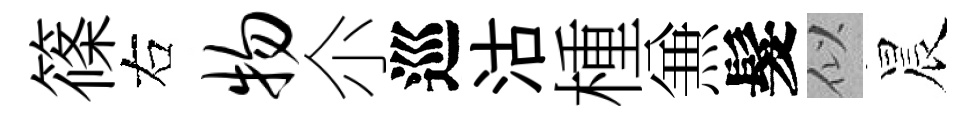
篠右物尒巡沽㮔𠔥髮似晨